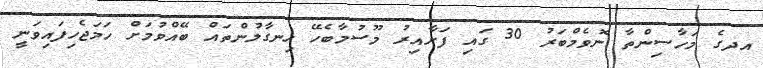
އދގެ މަހާސިންތާ ނޮވެމްބަރު 30 ގައި ފަށާއިރު މޫސުމާބެހޭ ހިނގާލުންތައް ބޭއްވުމަށް ހަމަޖެހިފައިވަނީ